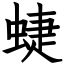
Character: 蜨